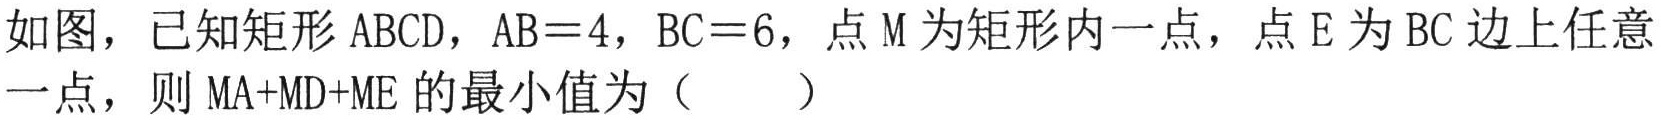
如图，已知矩形 \(ABCD\)，\(AB = 4\)，\(BC = 6\)，点 \(M\) 为矩形内一点，点 \(E\) 为 \(BC\) 边上任意一点，则 \(MA + MD+ME\) 的最小值为（  ）